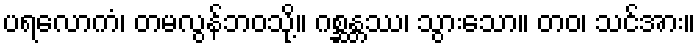
ပရလောကံ၊ တမလွန်ဘဝသို့။ ဂစ္ဆန္တဿ၊ သွားသော။ တဝ၊ သင်အား။